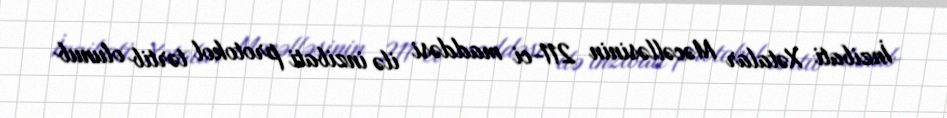
İnzibati Xətalar Məcəlləsinin 211-ci maddəsi ilə inzibati protokol tərtib olunub